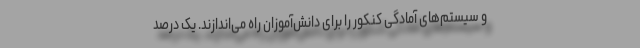
و سیستم‌های آمادگی کنکور را برای دانش‌آموزان راه می‌اندازند. یک درصد